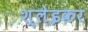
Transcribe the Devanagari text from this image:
श्लेइकर